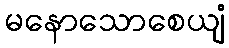
မနောသောစေယျံ